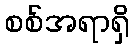
စစ်အရာရှိ